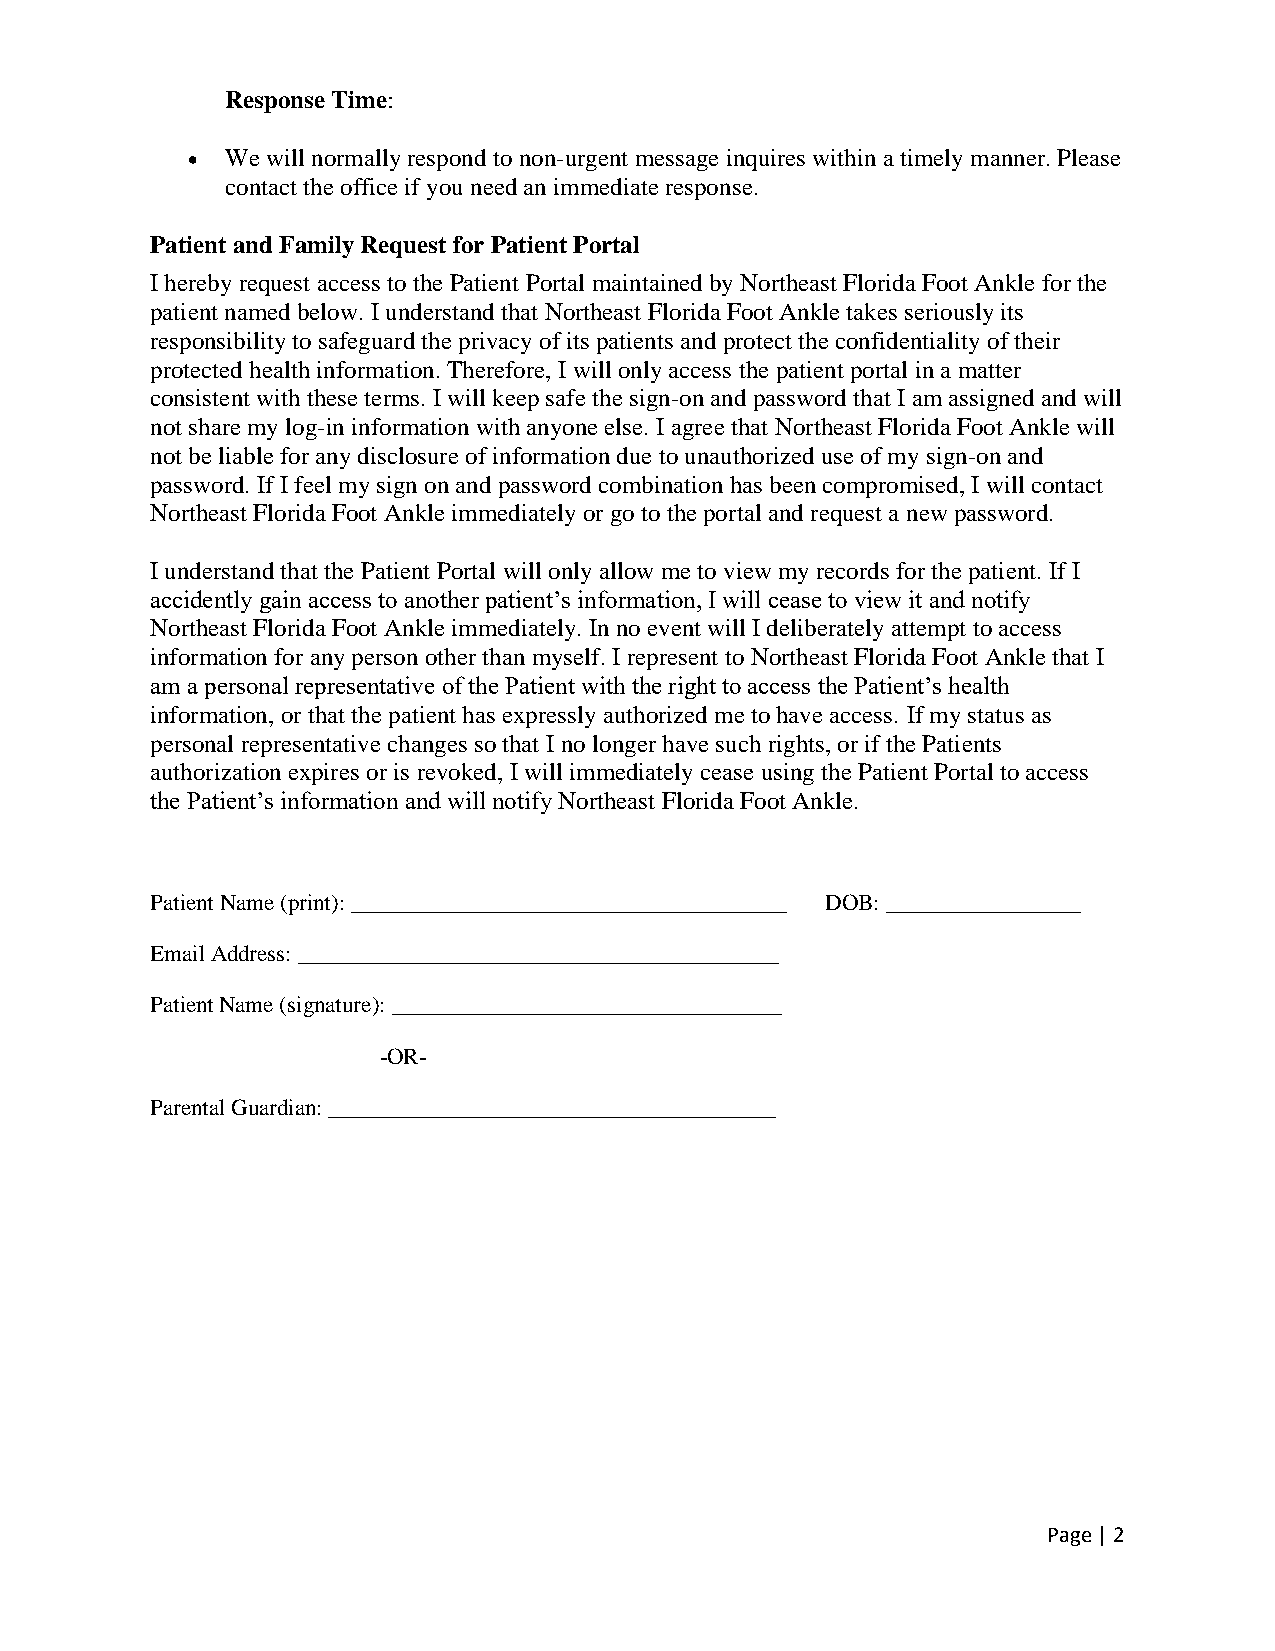
Response Time:
 •  We will normally respond to non-urgent message inquires within a timely manner. Please
 contact the office if you need an immediate response.
 Patient and Family Request for Patient Portal
 I hereby request access to the Patient Portal maintained by Northeast Florida Foot Ankle for the
 patient named below. I understand that Northeast Florida Foot Ankle takes seriously its
 responsibility to safeguard the privacy of its patients and protect the confidentiality of their
 protected health information. Therefore, I will only access the patient portal in a matter
 consistent with these terms. I will keep safe the sign-on and password that I am assigned and will
 not share my log-in information with anyone else. I agree that Northeast Florida Foot Ankle will
 not be liable for any disclosure of information due to unauthorized use of my sign-on and
 password. If I feel my sign on and password combination has been compromised, I will contact
 Northeast Florida Foot Ankle immediately or go to the portal and request a new password.
 I understand that the Patient Portal will only allow me to view my records for the patient. If I
 accidently gain access to another patient’s information, I will cease to view it and notify
 Northeast Florida Foot Ankle immediately. In no event will I deliberately attempt to access
 information for any person other than myself. I represent to Northeast Florida Foot Ankle that I
 am a personal representative of the Patient with the right to access the Patient’s health
 information, or that the patient has expressly authorized me to have access. If my status as
 personal representative changes so that I no longer have such rights, or if the Patients
 authorization expires or is revoked, I will immediately cease using the Patient Portal to access
 the Patient’s information and will notify Northeast Florida Foot Ankle.
 Patient Name (print): ______________________________________ DOB: _________________
 Email Address: __________________________________________
 Patient Name (signature): __________________________________
 -OR-
 Parental Guardian: _______________________________________
 Page | 2